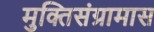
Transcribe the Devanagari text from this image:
मुक्तिसंग्रामास